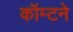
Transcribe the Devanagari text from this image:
कॉम्टने